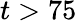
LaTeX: t>75